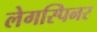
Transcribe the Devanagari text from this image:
लेगस्पिनर